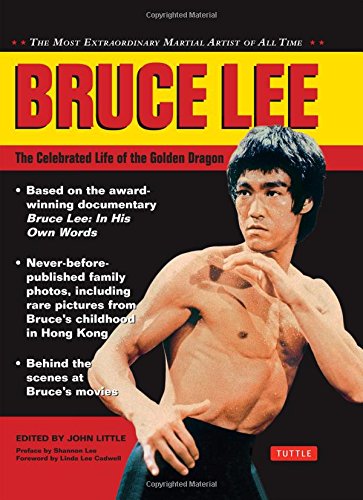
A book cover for Bruce Lee: The Celebrated Life of the Golden Dragon (Bruce Lee Library); Arts & Photography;